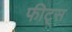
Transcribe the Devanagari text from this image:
फीट्स